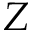
Z